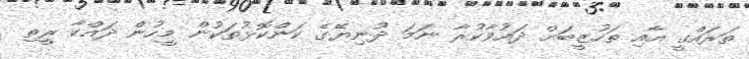
ތަރައްގީ އާއި ތަހުޒީބަށް ދައުވާކުރާ ނަމަ ދުނިޔޭގެ ކަންކޮޅުތަކުން މީހުން ދައްކާ ރީތި